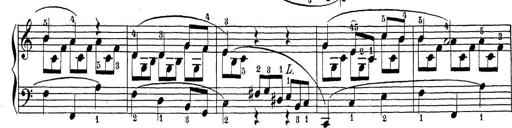
Title: Sonatina Album
Composer: Louis KÃ¶hler